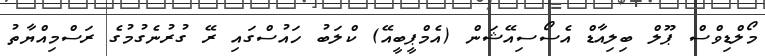
މޯލްޑިވްސް ޕޫލް ބިލިއާޑް އެސޯސިއޭޝަން (އެމްޕީބީއޭ) ކްލަބު ހައުސްގައި ރޭ ގުރުނެގުމުގެ ރަސްމިއްޔާތު